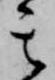
其